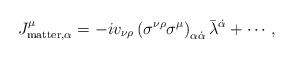
\begin{align*}J^{\mu}_{{\rm matter},\alpha} = -i v_{\nu\rho}\left(\sigma^{\nu\rho}\sigma^{\mu}\right)_{\alpha\dot{\alpha}} \bar{\lambda}^{\dot{\alpha}} + \cdots ,\end{align*}